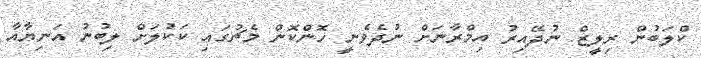
ކްލަބުން ރިލީޒް ނުދޭއިރު އިމްރާނަށް ނުދެވެނީ ހޮންކޮން މެޗުގައި ކަކުލަށް ލިބުނު އަނިޔާއާ